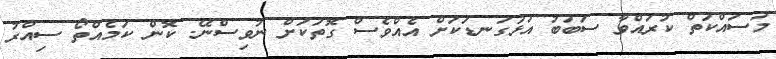
މަސައްކަތް ކުރައްވާ ސަބަބު އަޅުގަނޑަަކަށް އެއްވެސް ގޮތަކަށް ނުވިސްނޭ. ކޮން ކަމެއްތޯ ސިއްރު